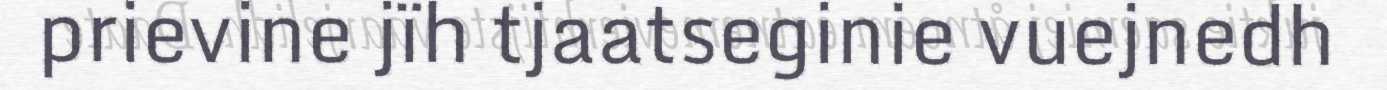
prievine jïh tjaatseginie vuejnedh